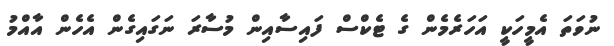
ނުވަތަ އެމީހަކީ އަހަރެމެން ގެ ޓެކްސް ފައިސާއިން މުސާރަ ނަގައިގެން އެހެން އާއްމު